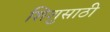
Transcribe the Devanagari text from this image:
शिशुसाठी